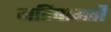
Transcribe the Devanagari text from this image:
महिषामती